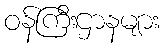
ဝန်ကြီးဌာနများ